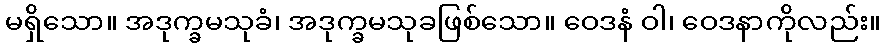
မရှိသော။ အဒုက္ခမသုခံ၊ အဒုက္ခမသုခဖြစ်သော။ ဝေဒနံ ဝါ၊ ဝေဒနာကိုလည်း။